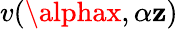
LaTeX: v(\alphax,\alpha\mathbf{z})